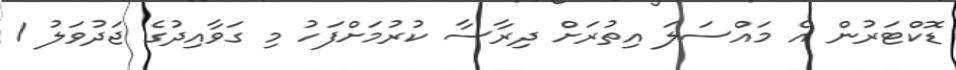
ޑޮކްޓަރުން އެ މައްސަލަ އިތުރަށް ދިރާސާ ކުރުމަށްފަހު މި ގަވާއިދުގެ ޖަދުވަލު 1